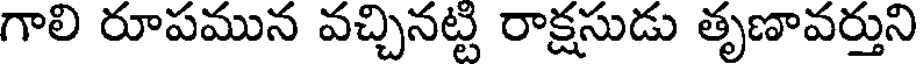
గాలి రూపమున వచ్చినట్ట రాక్షసుడు తృణావర్తుని